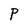
Character: P